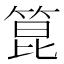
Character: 箟